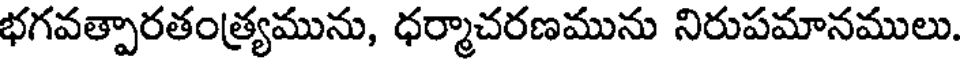
భగవత్పారతంత్ర్యమును, ధర్మాచరణమును నిరుపమానములు.